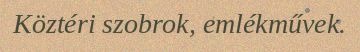
Köztéri szobrok, emlékművek.